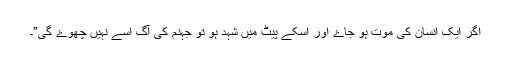
اگر ایک انسان کی موت ہو جاۓ اور اسکے پیٹ میں شہد ہو تو جہنم کی آگ اسے نہیں چھوۓ گی”۔